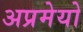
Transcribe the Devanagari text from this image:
अप्रमेयो